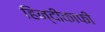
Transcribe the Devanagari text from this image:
हिन्दीकाफी